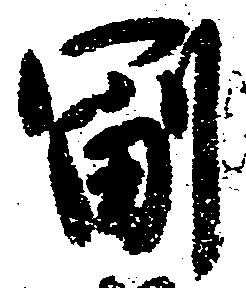
副